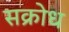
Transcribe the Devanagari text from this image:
सक्रोध